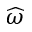
\widehat { \omega }